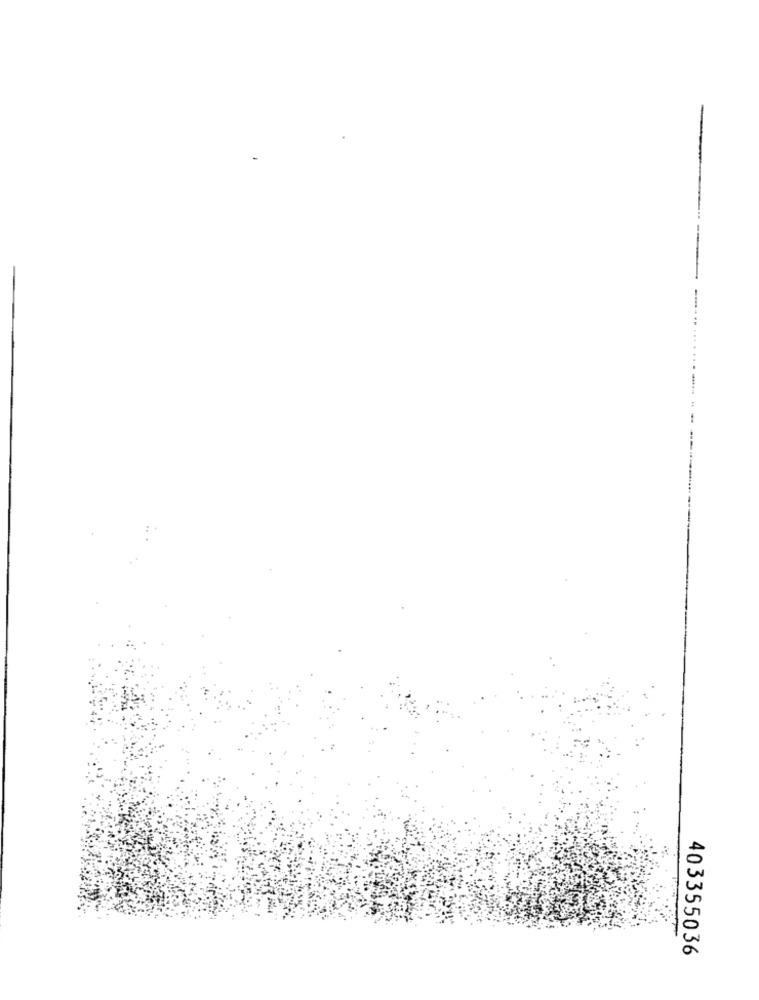
403355036